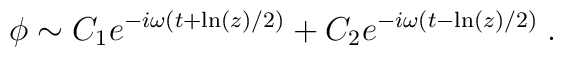
\phi \sim C_{1}e^{-i\omega (t+\ln (z)/2)}+C_{2}e^{-i\omega (t-\ln (z)/2)}\;.